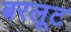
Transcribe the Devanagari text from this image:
बरलूट